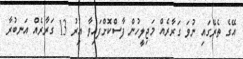
އޭގެ ތެރޭގައި ނުވަ ގަރާރެއް މަޖިލީހުން ފާސްކޮށްފައިވާ އިރު 13 ގަރާރެއް އަނބުރާ